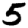
Digit: 5